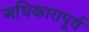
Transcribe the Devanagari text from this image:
अधिकारापूर्व